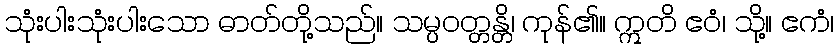
သုံးပါးသုံးပါးသော ဓာတ်တို့သည်။ သမ္ပဝတ္တန္တိ၊ ကုန်၏။ ဣတိ ဧဝံ၊ သို့။ ဧကံ၊